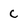
Character: C